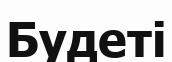
Будеті